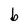
Character: b